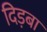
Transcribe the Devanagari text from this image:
दिड़बा